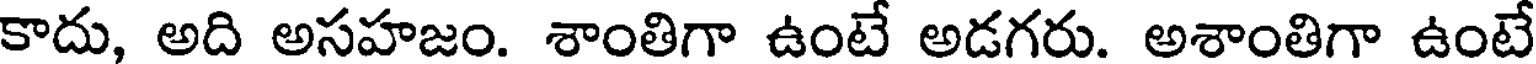
కాదు, అది అసహజం. శాంతిగా ఉంటే అడగరు. అశాంతిగా ఉంటే